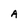
Character: A